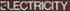
ELECTRICITY